Civil Veterinary Dept. Bombay admin report 1932-41 - 1932-1941
Year: 1932
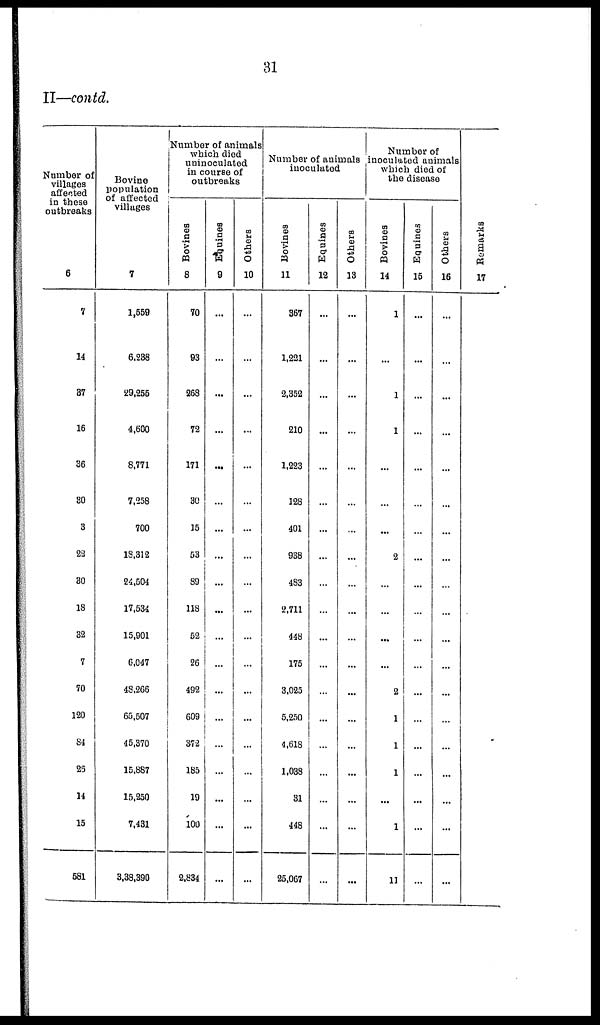
31
II—contd.
Number of
villages
affected
in these
outbreaks
6
7
14
87
16
36
30
3
22
30
18
32
7
70
120
84
25
14
15
581
Bovine
population
of affected
villages
7
1,559
6,288
29,255
4,600
8,771
7,258
700
18,312
24,504
17,534
15,901
6,047
48,266
65,507
45,370
15,887
15,250
7,431
3,38,390
Number of animals
which died
uninoculated
in course of
outbreaks
Bovines
8
70
93
268
72
171
30
15
53
89
118
52
26
492
609
372
185
19
100
2,834
Equines
9
...
...
...
...
...
...
...
...
...
...
...
...
...
...
...
...
...
...
...
Others
10
...
...
...
...
...
...
...
...
...
...
...
...
...
...
...
...
...
...
...
Number of animals
inoculated
Bovines
11
367
1,221
2,352
210
1,223
128
401
938
483
2,711
448
175
3,025
5,250
4,618
1,038
31
448
25,067
Equines
12
...
...
...
...
...
...
...
...
...
...
...
...
...
...
...
...
...
...
...
Others
13
...
...
...
...
...
...
...
...
...
...
...
...
...
...
...
...
...
...
...
Number of
inoculated animals
which died of
the disease
Bovines
14
1
...
1
1
...
...
...
2
...
...
...
...
2
1
1
1
...
1
11
Equines
15
...
...
...
...
...
...
...
...
...
...
...
...
...
...
...
...
...
...
...
Others
16
...
...
...
...
...
...
...
...
...
...
...
...
...
...
...
...
...
...
...
Remarks
17